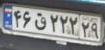
۴۶ق۲۲۲۲۹